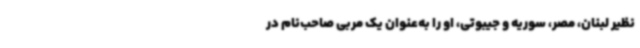
نظیر لبنان، مصر، سوریه و جیبوتی، او را به‌عنوان یک مربی صاحب‌نام در